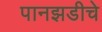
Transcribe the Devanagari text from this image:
पानझडीचे